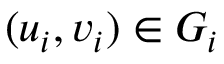
( u _ { i } , v _ { i } ) \in G _ { i }